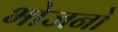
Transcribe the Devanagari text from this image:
भोजनो